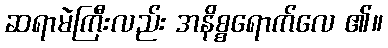
ဆရာမဲကြီးလည်း အနိစ္စရောက်လေ ၏။